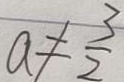
a \neq \frac { 3 } { 2 }